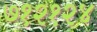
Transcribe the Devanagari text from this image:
७१२१२४